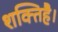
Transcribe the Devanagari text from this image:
शक्तिहै।